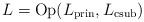
LaTeX: \begin{align*}L=\operatorname{Op}(L_\mathrm{prin},L_\mathrm{csub})\end{align*}